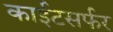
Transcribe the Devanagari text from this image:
काईटसर्फर